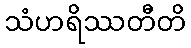
သံဟရိဿတီတိ